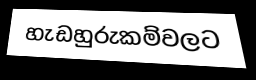
හැඩහුරුකම්වලට